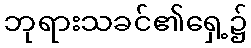
ဘုရားသခင်၏ရှေ့၌